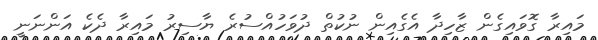
މައިރާ ގޮވައިގެން ޒާހިދާ އެގެއިން ނުކުތް ދުވަހުއްސުރެ ޔާސިރު މައިރާ ދެކެ އަންނަނީ